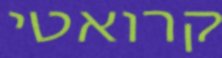
קרואטי